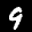
Label: 9